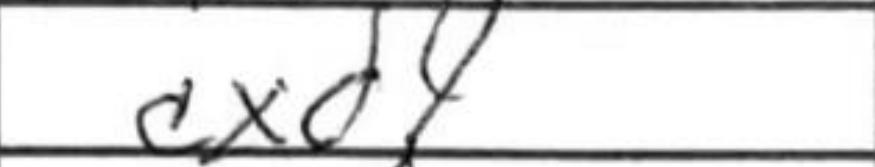
Transcription: cxd4